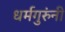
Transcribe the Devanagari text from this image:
धर्मगुरुंनी